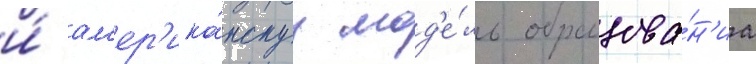
и́ ам'ер'ика́нскуу мод'е́ль образова́н'иа